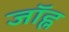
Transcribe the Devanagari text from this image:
जॉह्न